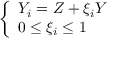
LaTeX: \left\{ \begin{array} { l } { { Y _ { i } = Z + \xi _ { i } Y } } \\ { { 0 \leq \xi _ { i } \leq 1 } } \end{array} \right.